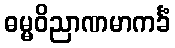
ဓမ္မဝိညာဏမာကင်္ခံ